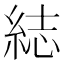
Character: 綕